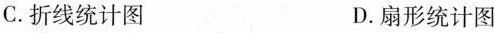
C.折线统计图 D.扇形统计图